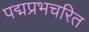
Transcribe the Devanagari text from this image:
पद्मप्रभचरित